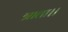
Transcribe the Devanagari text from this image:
त्राता।।